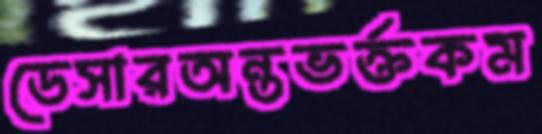
ডেসারঅন্তভর্ক্তকম